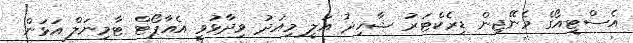
އެސްޓީއޯގެ މެނޭޖިން ޑިރެކްޓަރު ޝާހިދު އަލީ މިއަދު ވިދާޅުވީ އެއާޕޯޓް ޓާމިނަލް އަޅަން